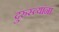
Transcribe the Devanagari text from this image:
दुरुस्त्यांना